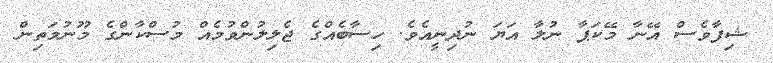
ޝިފާވެސް އޭނާ މޭކަޕާ ނުލާ އަޔަ ނުދިނީއެވެ. ހިސާބެއްގެ ޖެލިލުންވުމެއް މުސްކާންގެ މޫނުމަތިން